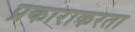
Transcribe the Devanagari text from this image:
प्रकाराकरता